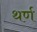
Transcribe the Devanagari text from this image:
थर्ण